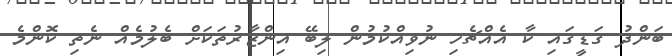
ބަންދު ގަޑީގައި ކާ އެއްޗެހި ނުވިއްކުމުން ލިބޭ އިންޒާރުތަކަށް ބެލުމެއް ނެތި ކޮންމެ